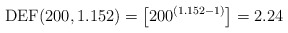
\begin{align*}\mathrm{DEF}(200,1.152) = \left[200^{\left(1.152-1\right)}\right] = 2.24\end{align*}